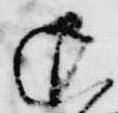
退